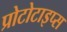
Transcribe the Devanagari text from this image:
प्रोटोटाइप्स